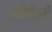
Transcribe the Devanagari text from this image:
हॉर्नवर्ट